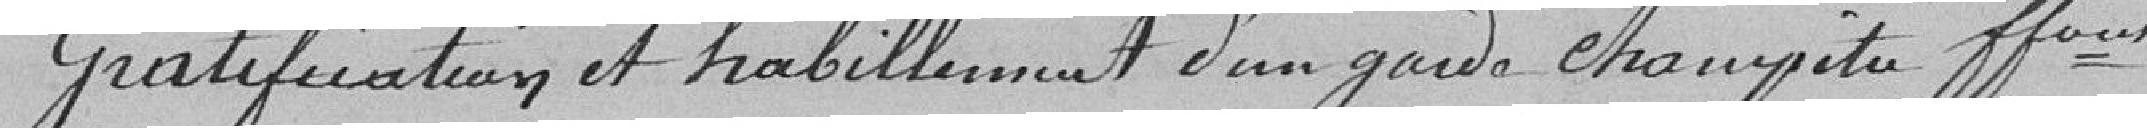
Gratification et habillement du garde champêtre ffous